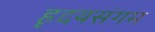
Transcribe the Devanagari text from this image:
हृदयसंगम